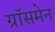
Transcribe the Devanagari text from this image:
ग्रॉसमेन